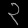
Digit: ၃